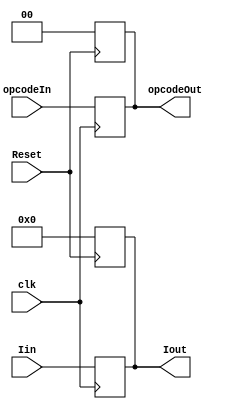
`timescale 1ns / 1ps

module if_id(
    input clk,
    input Reset,
    
    input [1:0] opcodeIn,
    output reg [1:0] opcodeOut,
    
    input [7:0] Iin,
    output reg [7:0] Iout
);

always@(posedge clk)
begin
    Iout = Iin;
    opcodeOut = opcodeIn;
end

always@(negedge Reset)
begin
    Iout = 0;
    opcodeOut = 0;
end
endmodule